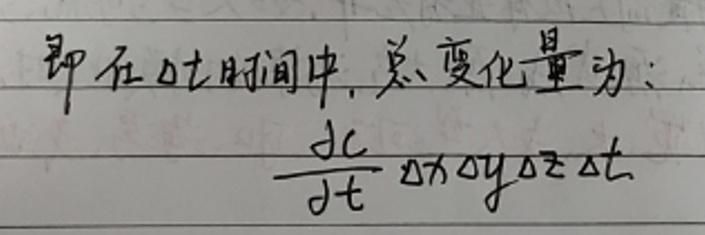
即在$\Delta t$时间中, 总变化量为:
\[
\frac{\mathrm{d}c}{\mathrm{d}t}\Delta x\Delta y\Delta z\Delta t
\]